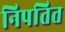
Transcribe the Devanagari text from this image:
निपतित